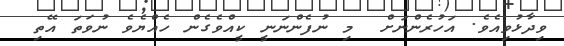
ވިދާޅުވިއެވެ. އަހުރެންނަށް  މި ނުފެންނަނީ ކީއްވެގެން ހެއްޔެވެ ނުވަތަ އޭތި